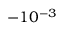
- 1 0 ^ { - 3 }